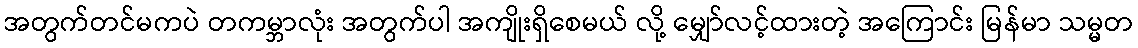
အတွက်တင်မကပဲ တကမ္ဘာလုံး အတွက်ပါ အကျိုးရှိစေမယ် လို့ မျှော်လင့်ထားတဲ့ အကြောင်း မြန်မာ သမ္မတ